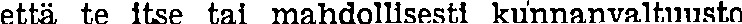
että te itse tai mahdollisesti kunnanvaltuusto